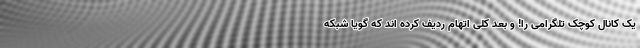
یک کانال کوچک تلگرامی را! و بعد کلی اتهام ردیف کرده اند که گویا شبکه